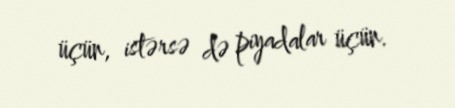
üçün, istərsə də piyadalar üçün.